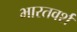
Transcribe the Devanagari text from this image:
भारतवर्श